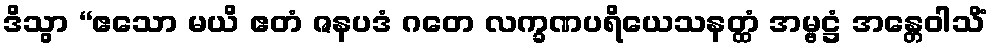
ဒိသွာ “ဧသော မယိ ဧတံ ဇနပဒံ ဂတေ လက္ခဏပရိယေသနတ္ထံ အမ္ဗဋ္ဌံ အန္တေဝါသိံ